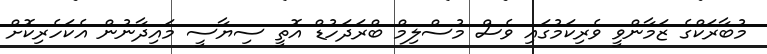
މުބާރަކްގެ ޒަމާންވީ ވެރިކަމުގައި ވެސް މުސްލިމް ބްރަދަހުޑް އޮތީ ސިޔާސީ މައިދާނުން އެކަހެރިކޮށް